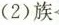
(2)族